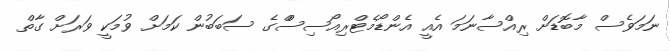
ނަމަވެސް މާބޮޑަށް ރިއްސާނަމަ އެއީ އެންޑޯމެޓްރިއޯސިސްްގެެ ސަބަބުން ކަމަށް ވުމަކީ ވަރަށް ގާތް